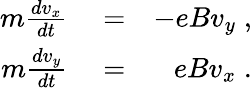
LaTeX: \begin{array}{rlr}{m\frac{dv_{x}}{dt}}&{{}=}&{-eBv_{y}\; ,}\\ {m\frac{dv_{y}}{dt}}&{{}=}&{eBv_{x}\; .}\end{array}